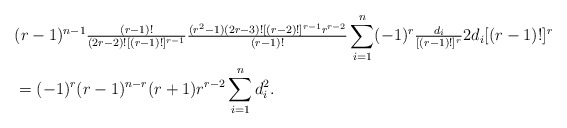
\begin{align*}&(r-1)^{n-1}\tfrac{(r-1)!}{(2r-2)![(r-1)!]^{r-1}}\tfrac{(r^{2}-1)(2r-3)![(r-2)!]^{r-1}r^{r-2}}{(r-1)!}\sum_{i=1}^{n}(-1)^{r}\tfrac{d_{i}}{[(r-1)!]^{r}}2d_{i}[(r-1)!]^{r}\\&=(-1)^{r}(r-1)^{n-r}(r+1)r^{r-2}\sum_{i=1}^{n}d_{i}^{2}.\end{align*}